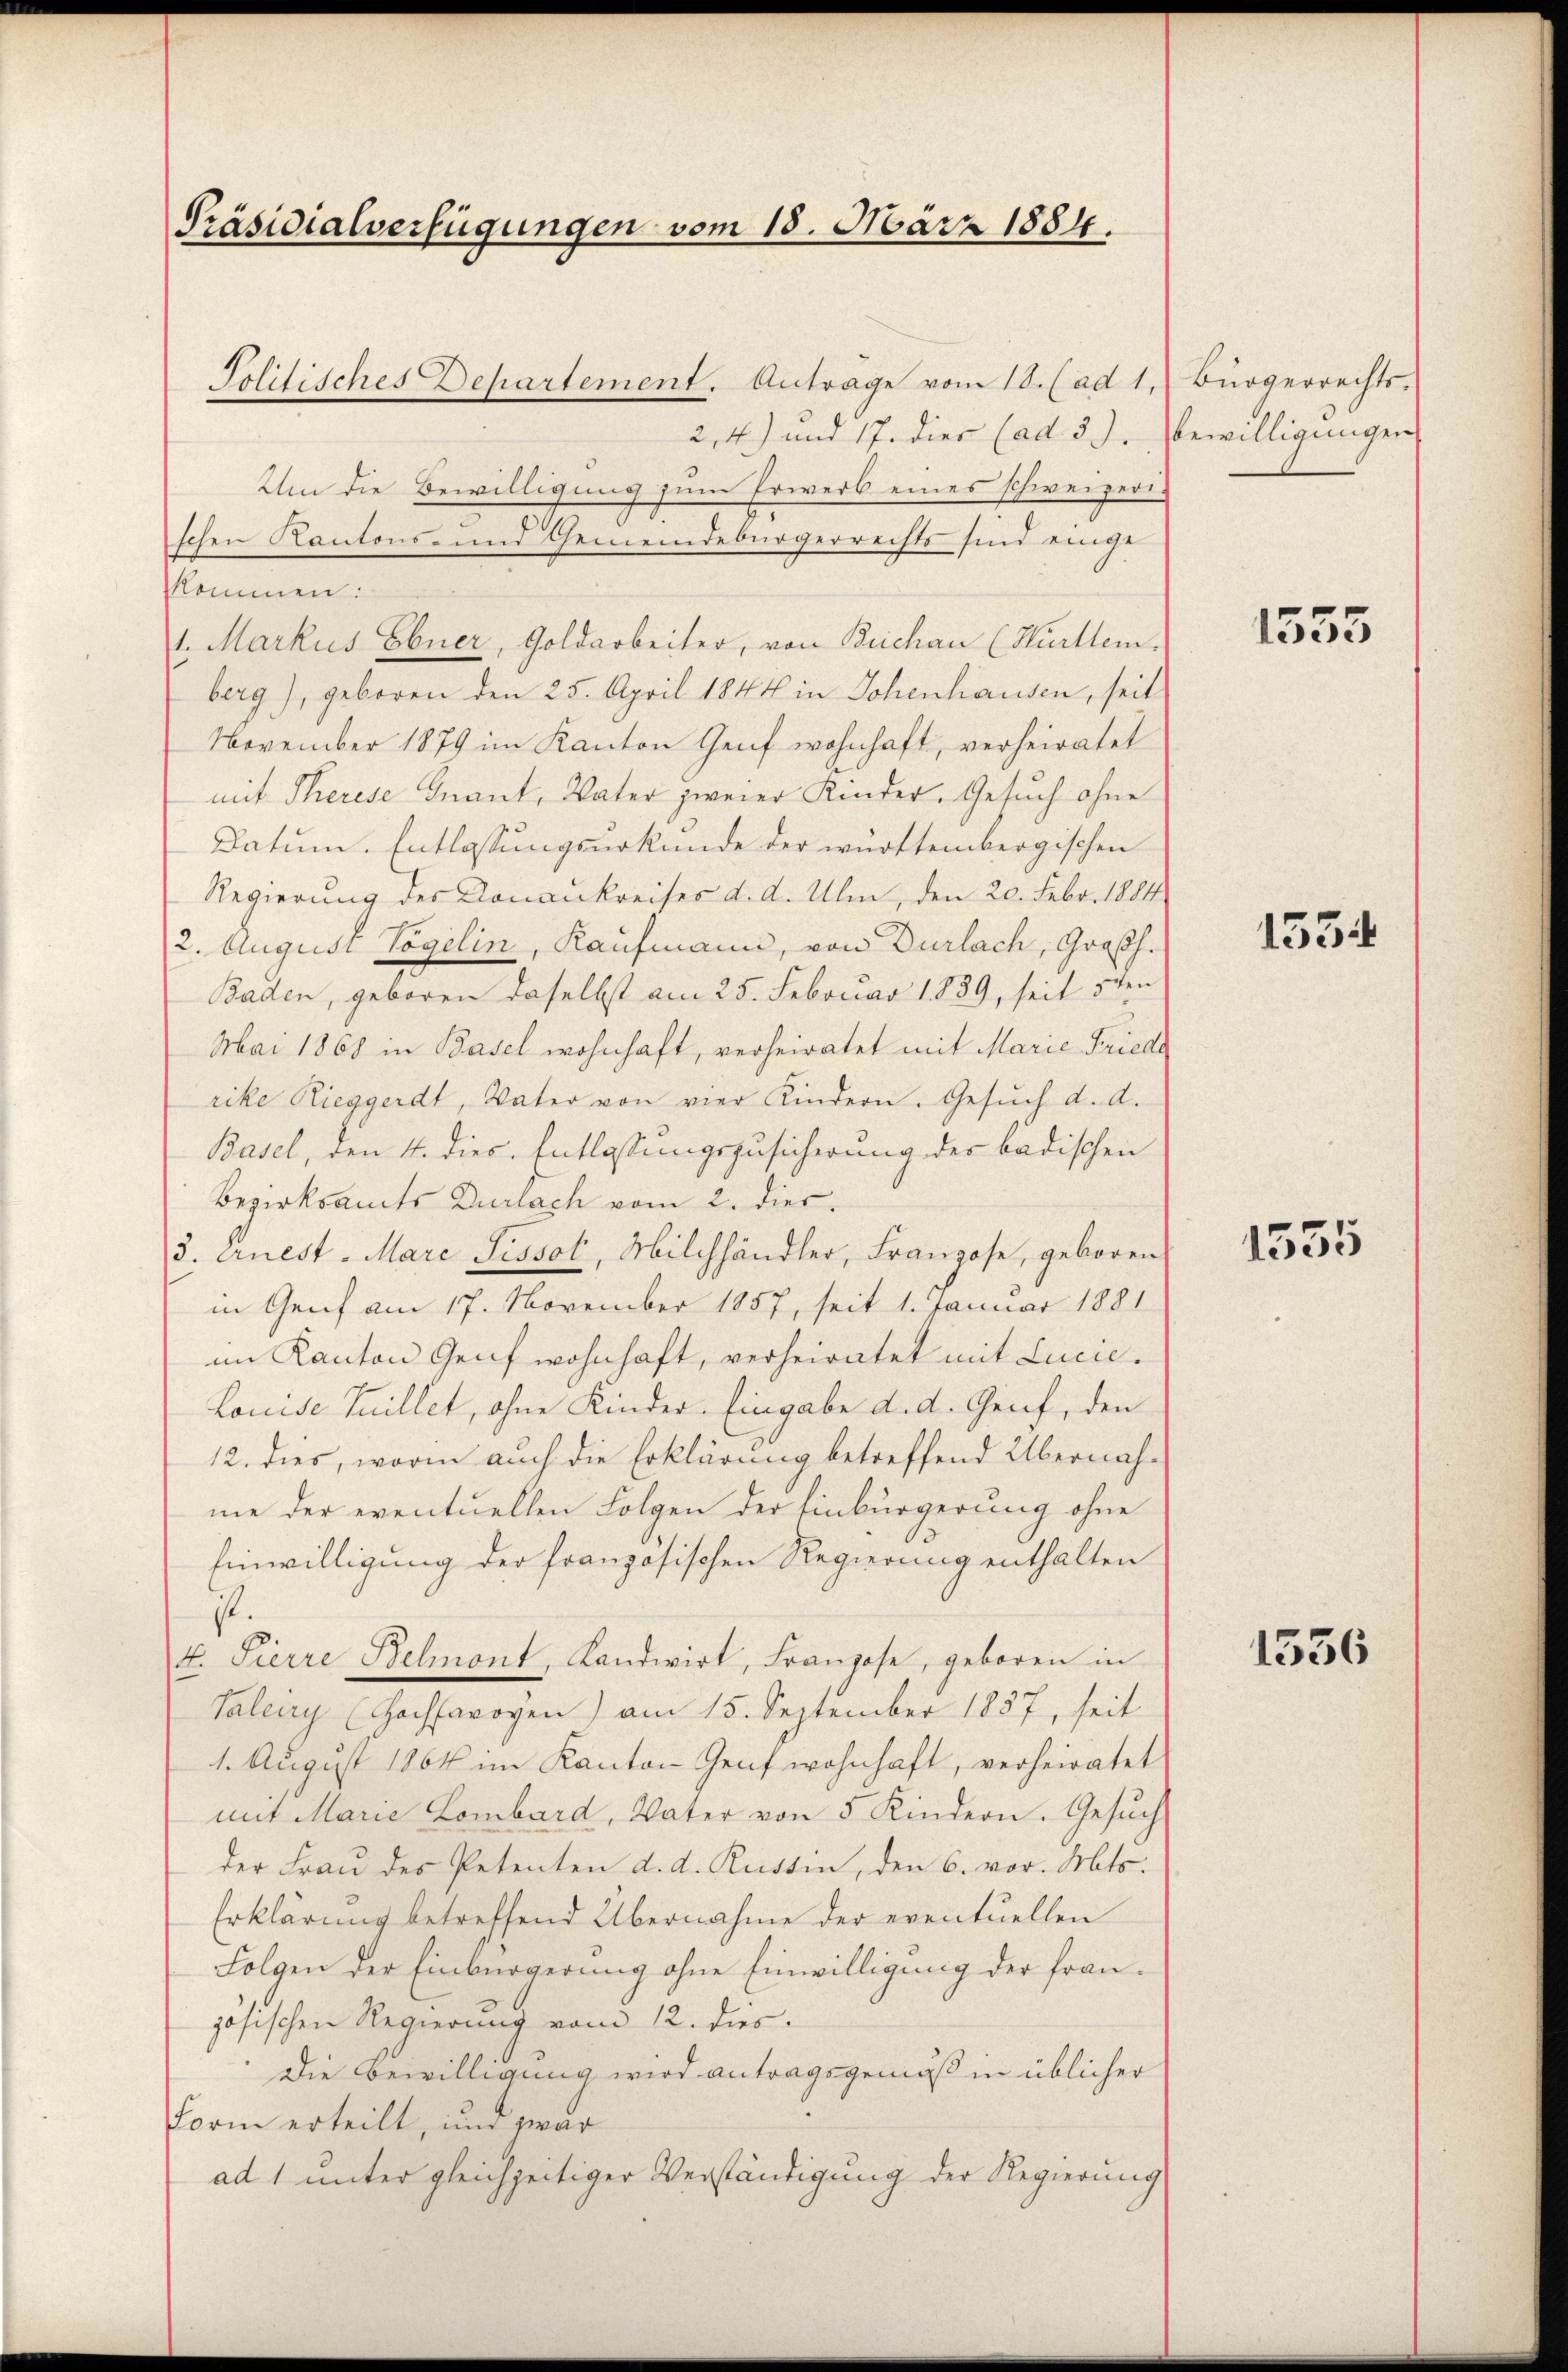
Präsidialverfügungen vom 18. März 1884.
Politisches Departement. Anträge vom 18. (ad 1,

2,4) und 17. dies (ad 3. Bewilligungen,
Um die Bewilligung zum Erwerb eines schweizeri-
.
schen Kantons- und Gemeindebürgerrechts sind einge
kommen:
1. Markus Ebner, Goldarbeiter, von Buchau (Hürttem.
berg), geboren den 25. April 1844 in Johenhausen, seit
November 1879 im Kanton Genf wohnhaft, verheiratet
mit Therese Inant, Vater zweier Kinder. Gesuch ohne
Datum. Entlassungsurkunde der württembergischen
Regierung des Konaukreises d. d. Ulm, den 20. Febr. 1884
2. August Vogelin, Kaufmann, von Durlach, Großh.
Baden, geboren daselbst am 25. Februar 1839, seit 5ten
Mai 1868 in Basel wohnhaft, verheiratet mit Marie Friede
rike Rieggerdt, Vater von vier Kindern. Gesŭch d. d.
Basel, den 4. dies. Entlassungszusicherung der badischen
Bezirksamts Durlach vom 2. dies.
3. Arnest. Marc Pissol, Milchhändler, Franzose, geboren
in Genf am 17. November 1857, seit 1. Januar 1881
im Kanton Genf wohnhaft, verheiratet mit Lucie
Louise Tuillet, ohne Kinder. Eingabe d. d. Geief, den
12. dies, worin auch die Erklärung betreffend Übernahme der eventuellen Folgen der Einbürgerung ohne
Einwilligung der französischen Regierung enthalten
it.
4. Pierre Belmont, Landwirt, Franzose, geboren in
Saleiry (Hochsarogen) am 15. September 1857, seit
1. August 1864 im Kanton Genf wohnhaft, verheiratet
mit Marie Lombard, Vater von 5 Kindern. Gesŭch
der Frau des Petenten d. d. Russin, den 6. vor. Mts.
Erklärung betreffend Übernahme der eventuellen
Folgen der Einbürgerung ohne Einwilligung der französischen Regierung vom 12. dies
Die Bewilligung wird antragsgemäß in üblicher
Form erteilt, um zwar
ad 1 unter gleichzeitiger Verständigung der Regierung

Bürgerrechts¬

1555

1534

1535

1536